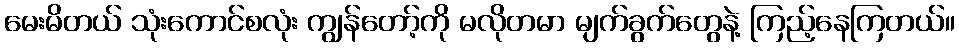
မေးမိတယ် သုံးကောင်စလုံး ကျွန်တော့်ကို မလိုတမာ မျက်ခွက်တွေနဲ့ ကြည့်နေကြတယ်။